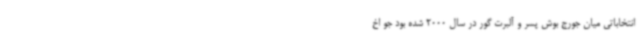
انتخاباتی میان جورج بوش پسر و آلبرت گور در سال 2000 شده بود جو اخ